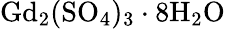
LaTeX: \mathrm{Gd_{2}(SO_{4})_{3}\cdot 8H_{2}O}